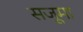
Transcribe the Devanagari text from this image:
सजूमा